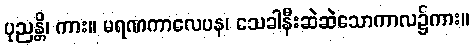
ပုညန္တိ၊ ကား။ မရဏကာလေပန၊ သေခါနီးဆဲဆဲသောကာလ၌ကား။